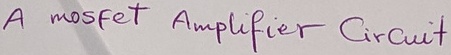
Text: A mosfet Amplifier Circuit